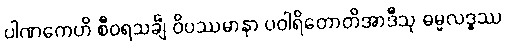
ပါဏကေဟိ စီဝရသင်္ချံ ဝိပဿမာနာ ပဝါရိတောတိအာဒီသု ဓမ္မလဒ္ဓဿ